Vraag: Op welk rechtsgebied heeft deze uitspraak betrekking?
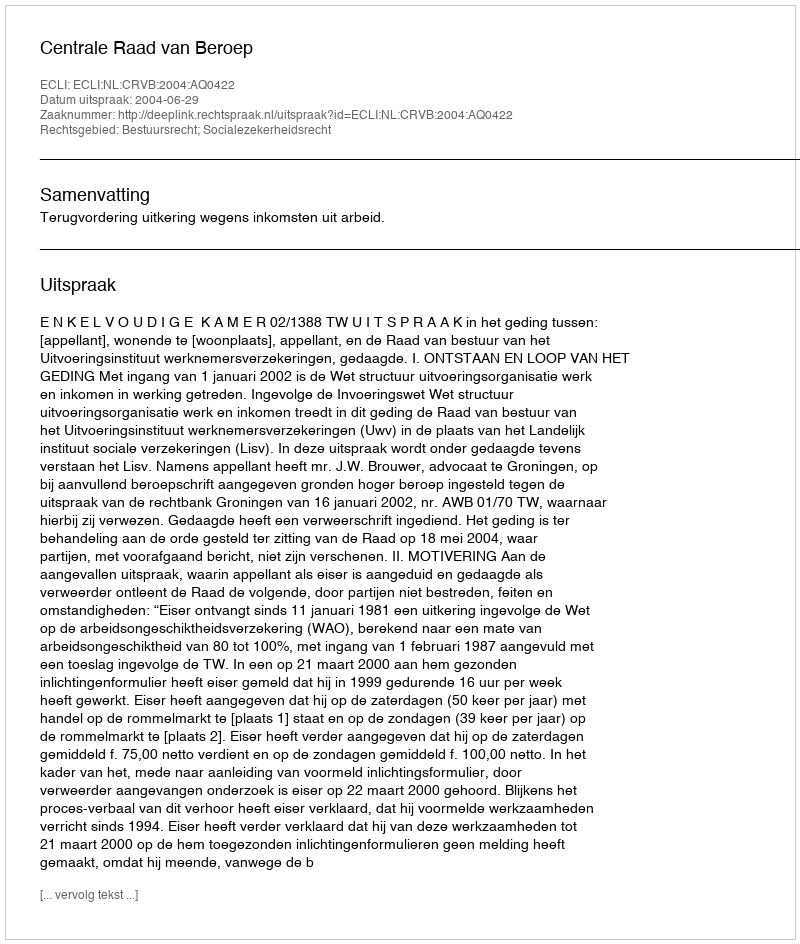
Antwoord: Bestuursrecht; Socialezekerheidsrecht